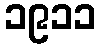
၁၉၁၁